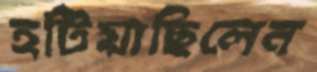
হটিয়াছিলেন